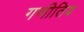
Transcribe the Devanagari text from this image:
गणीतिय